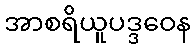
အာစရိယူပဒ္ဒဝေန